Scottish Leaving Certificate Examination, 1953
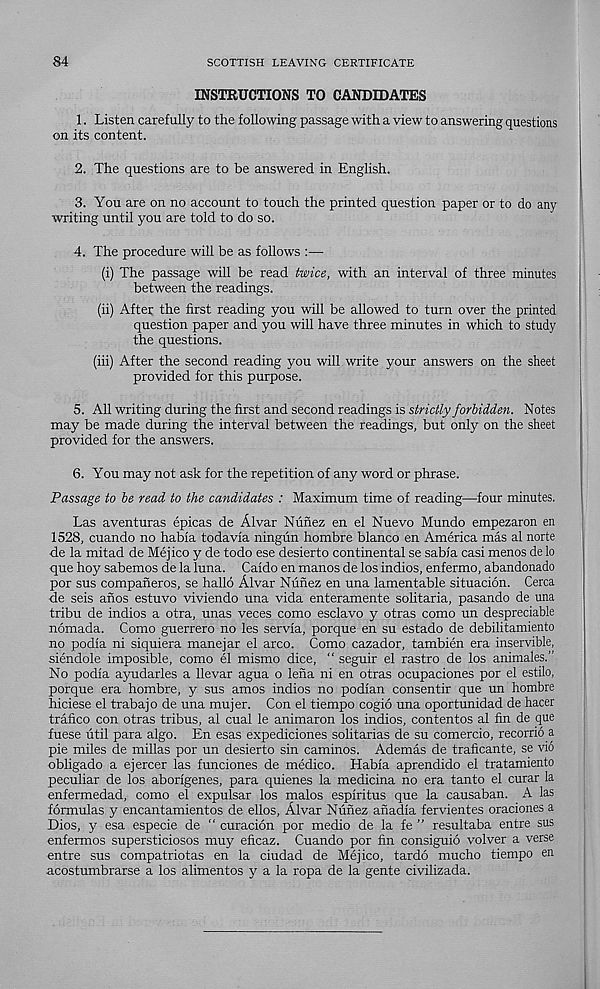
84
SCOTTISH LEAVING CERTIFICATE
INSTRUCTIONS TO CANDIDATES
1. Listen carefully to the following passage with a view to answering questions
on its content.
2. The questions are to be answered in English.
3. You are on no account to touch the printed question paper or to do any
writing until you are told to do so.
4. The procedure will be as follows :—
(i) The passage will be read twice, with an interval of three minutes
between the readings.
(ii) After the first reading you will be allowed to turn over the printed
question paper and you will have three minutes in which to study
the questions.
(iii) After the second reading you will write your answers on the sheet
provided for this purpose.
5. All writing during the first and second readings is strictly forbidden. Notes
may be made during the interval between the readings, but only on the sheet
provided for the answers.
6. You may not ask for the repetition of any word or phrase.
Passage to be read to the candidates : Maximum time of reading—four minutes.
Las aventuras epicas de Alvar Nunez en el Nuevo Mundo empezaron en
1528, cuando no habia todavia ningun hombre bianco en America mas al norte
de la mitad de Mejico y de todo ese desierto continental se sabia casi menos de lo
que hoy sabemos de la luna. Caido en manos de los indios, enfermo, abandonado
por sus companeros, se hallo Alvar Nunez en una lamentable situacion. Cerca
de seis anos estuvo viviendo una vida enteramente solitaria, pasando de una
tribu de indios a otra, unas veces como esclavo y otras como un despreciable
nomada. Como guerrero no les servia, porque en su estado de debilitamiento
no podia ni siquiera manejar el arco. Como cazador, tambien era inservible,
siendole imposible, como el mismo dice, “ seguir el rastro de los animales.”
No podia ayudarles a llevar agua o lena ni en otras ocupaciones por el estilo,
porque era hombre, y sus amos indios no podian consentir que un hombre
hiciese el trabajo de una mujer. Con el tiempo cogio una oportunidad de hacer
trafico con otras tribus, al cual le animaron los indios, contentos al fin de que
fuese util para algo. En esas expediciones solitarias de su comercio, recorrio a
pie miles de millas por un desierto sin caminos. Ademas de traficante, se vio
obligado a ejercer las funciones de medico. Habia aprendido el tratamiento
peculiar de los aborigenes, para quienes la medicina no era tanto el curar la
enfermedad, como el expulsar los malos espiritus que la causaban. A las
formulas y encantamientos de ellos, Alvar Nunez anadia fervientes oraciones a
Dios, y esa especie de “ curacion por medio de la fe ” resultaba entre sus
enfermos supersticiosos muy eficaz. Cuando por fin consiguio volver a verse
entre sus compatriotas en la ciudad de Mejico, tardo mucho tiempo en
acostumbrarse a los alimentos y a la ropa de la gente civilizada.